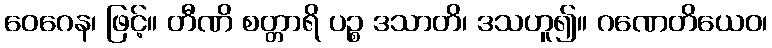
ဝေဂေန၊ ဖြင့်။ တီဏိ စတ္တာရိ ပဉ္စ ဒသာတိ၊ ဒသဟူ၍။ ဂဏေတိယေဝ၊